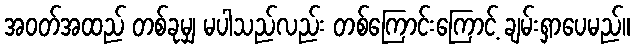
အဝတ်အထည် တစ်ခုမျှ မပါသည်လည်း တစ်ကြောင်းကြောင့် ချမ်းရှာပေမည်။